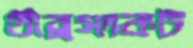
তীব্রসংকট